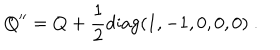
LaTeX: Q ^ { \prime \prime } = Q + { \frac { 1 } { 2 } } \mathrm { d i a g } ( 1 , - 1 , 0 , 0 , 0 ) \ . \nonumber